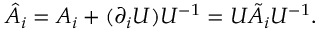
\hat { A } _ { i } = A _ { i } + ( \partial _ { i } U ) U ^ { - 1 } = U \tilde { A } _ { i } U ^ { - 1 } .